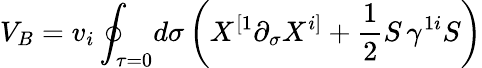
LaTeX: V_{B}=v_{i}\oint_{\tau=0}\! d\sigma\left(X^{[1}\partial_{\sigma}X^{i]}+\frac{1}{2}S\, \gamma^{1i}S\right)